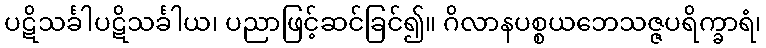
ပဋိသင်္ခါပဋိသင်္ခါယ၊ ပညာဖြင့်ဆင်ခြင်၍။ ဂိလာနပစ္စယဘေသဇ္ဇပရိက္ခာရံ၊